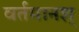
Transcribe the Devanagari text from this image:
वर्तमानश्